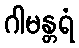
ဂါမန္တရံ